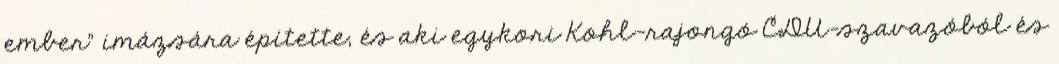
ember” imázsára építette, és aki egykori Kohl-rajongó CDU-szavazóból és